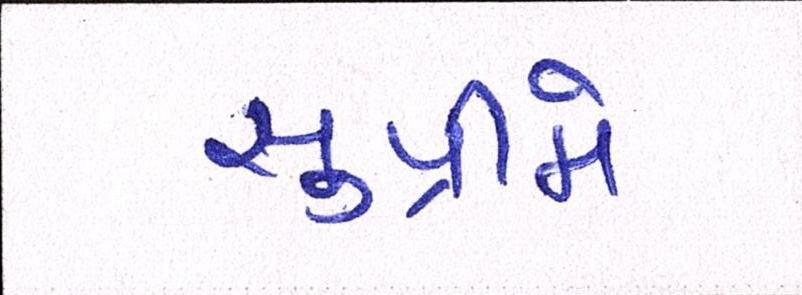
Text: સુપ્રીમે